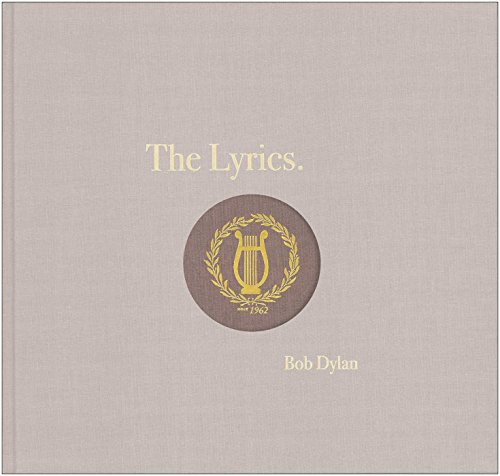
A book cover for The Lyrics: Since 1962; Bob Dylan; Humor & Entertainment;